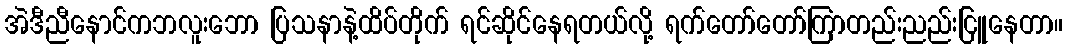
အဲဒီညီနောင်ကဘလူးဘော ပြသနာနဲ့ထိပ်တိုက် ရင်ဆိုင်နေရတယ်လို့ ရက်တော်တော်ကြာတည်းညည်းငြူနေတာ။